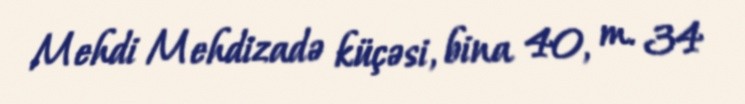
Mehdi Mehdizadə küçəsi, bina 40, m. 34